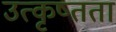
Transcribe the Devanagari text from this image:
उत्कृष्तता